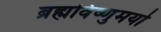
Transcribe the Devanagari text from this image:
ब्रह्मविष्णुमयो